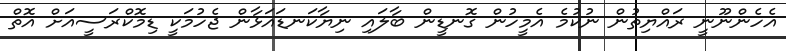
އެހެންނޫނީ ރައްޔިތުން ނުކުމެ އެމީހުން ގޮނޑީން ބާލައި ނިޔާކަނޑައަޅާން ޖެހުމަކީ ޑިމޮކްރަސީއަށް އޮތް